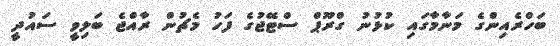
ބަހްރެއިންގެ މަނާމާގައި ކުޅުނުު ގްރޫޕް ސްޓޭޖުގެ ފަހު މެޗުން ރާއްޖެ ބަލިވީ ސައުދީ